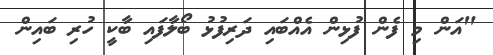
"އަން މި ފެން ފުޅިން އެއްބައި ދަރިފުޅު ބޯލާފައި ބާކީ ހުރި ބައިން